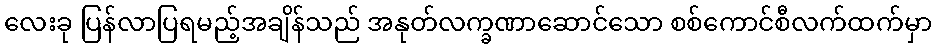
လေးခု ပြန်လာပြရမည့်အချိန်သည် အနုတ်လက္ခဏာဆောင်သော စစ်ကောင်စီလက်ထက်မှာ